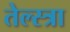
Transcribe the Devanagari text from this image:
तेल्स्त्रा